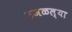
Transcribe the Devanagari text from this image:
उजळल्या